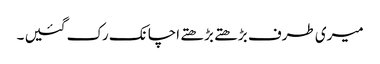
میری طرف بڑھتے بڑھتے اچانک رک گئیں ۔